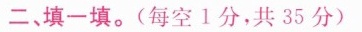
二填一填。(每空1分，共35分)